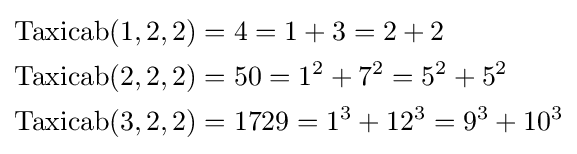
{\begin{aligned}\mathrm {Taxicab} (1,2,2)&=4=1+3=2+2\\\mathrm {Taxicab} (2,2,2)&=50=1^{2}+7^{2}=5^{2}+5^{2}\\\mathrm {Taxicab} (3,2,2)&=1729=1^{3}+12^{3}=9^{3}+10^{3}\end{aligned}}